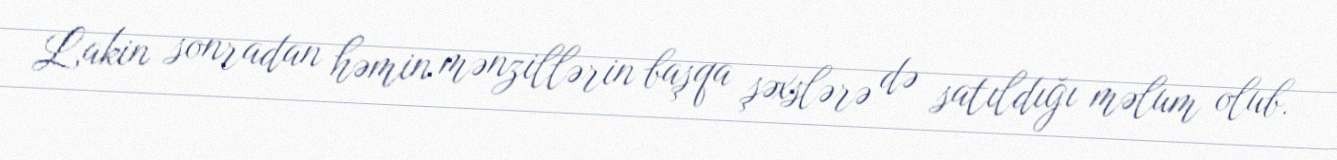
Lakin sonradan həmin mənzillərin başqa şəxslərə də satıldığı məlum olub.